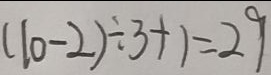
( 1 0 - 2 ) \div 3 + 1 = 2 9